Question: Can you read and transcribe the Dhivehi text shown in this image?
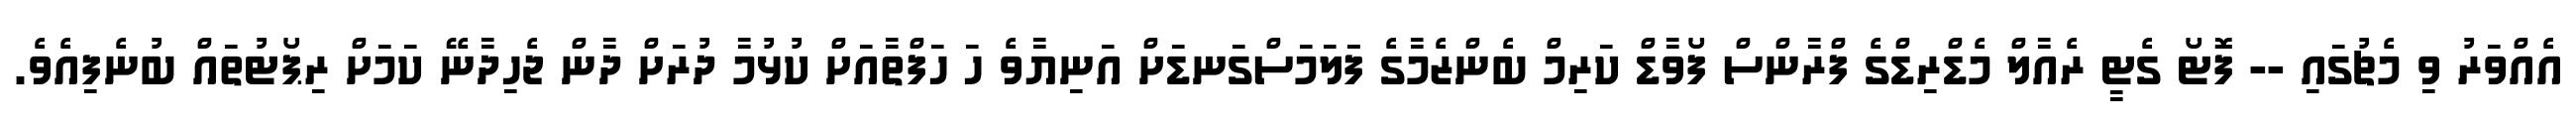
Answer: އެއްވަރު ވި މެޗުގައި -- ފޮޓޯ ގެޓީ ރެއާލް މެޑްރިޑްގެ ފްރާންސް ފޯވާޑް ކަރިމް ބެންޒެމާގެ ފަަލަމަސްގަނޑަށް އަނިޔާވެ ހަ ހަފްތާއަށް ކުޅުމާ ދުރަށް ދާން ޖެހިދާނޭ ކަމަށް ރިޕޯޓުތައް ބުނެފިއެވެ.